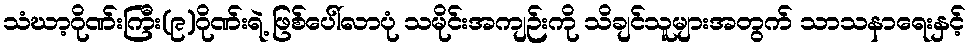
သံဃာ့ဂိုဏ်းကြီး(၉)ဂိုဏ်းရဲ့ ဖြစ်ပေါ်လာပုံ သမိုင်းအကျဉ်းကို သိချင်သူများအတွက် သာသနာရေးနှင့်